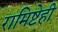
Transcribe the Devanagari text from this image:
रामिष्टेही